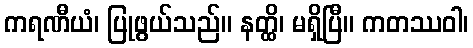
ကရဏီယံ၊ ပြုဖွယ်သည်။ နတ္ထိ၊ မရှိပြီ။ ကတဿဝါ၊